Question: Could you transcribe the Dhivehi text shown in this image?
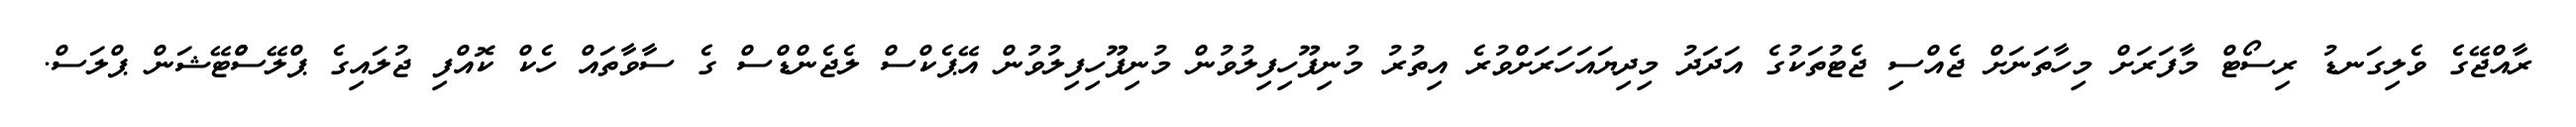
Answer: ރާއްޖޭގެ ވެލިގަނޑު ރިސޯޓް މާފަރަށް މިހާތަނަށް ޖެއްސި ޖެޓުތަކުގެ އަދަދު މިދިޔައަހަރަށްވުރެ އިތުރު މުނިފޫހިފިލުވުން މުނިފޫހިފިލުވުން އޭޕެކްސް ލެޖެންޑްސް ގެ ސާވާތައް ހެކް ކޮއްފި ޖުލައިގެ ޕްލޭސްްޓޭޝަން ޕްލަސް.